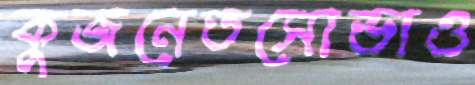
কুজনেতসোভাও